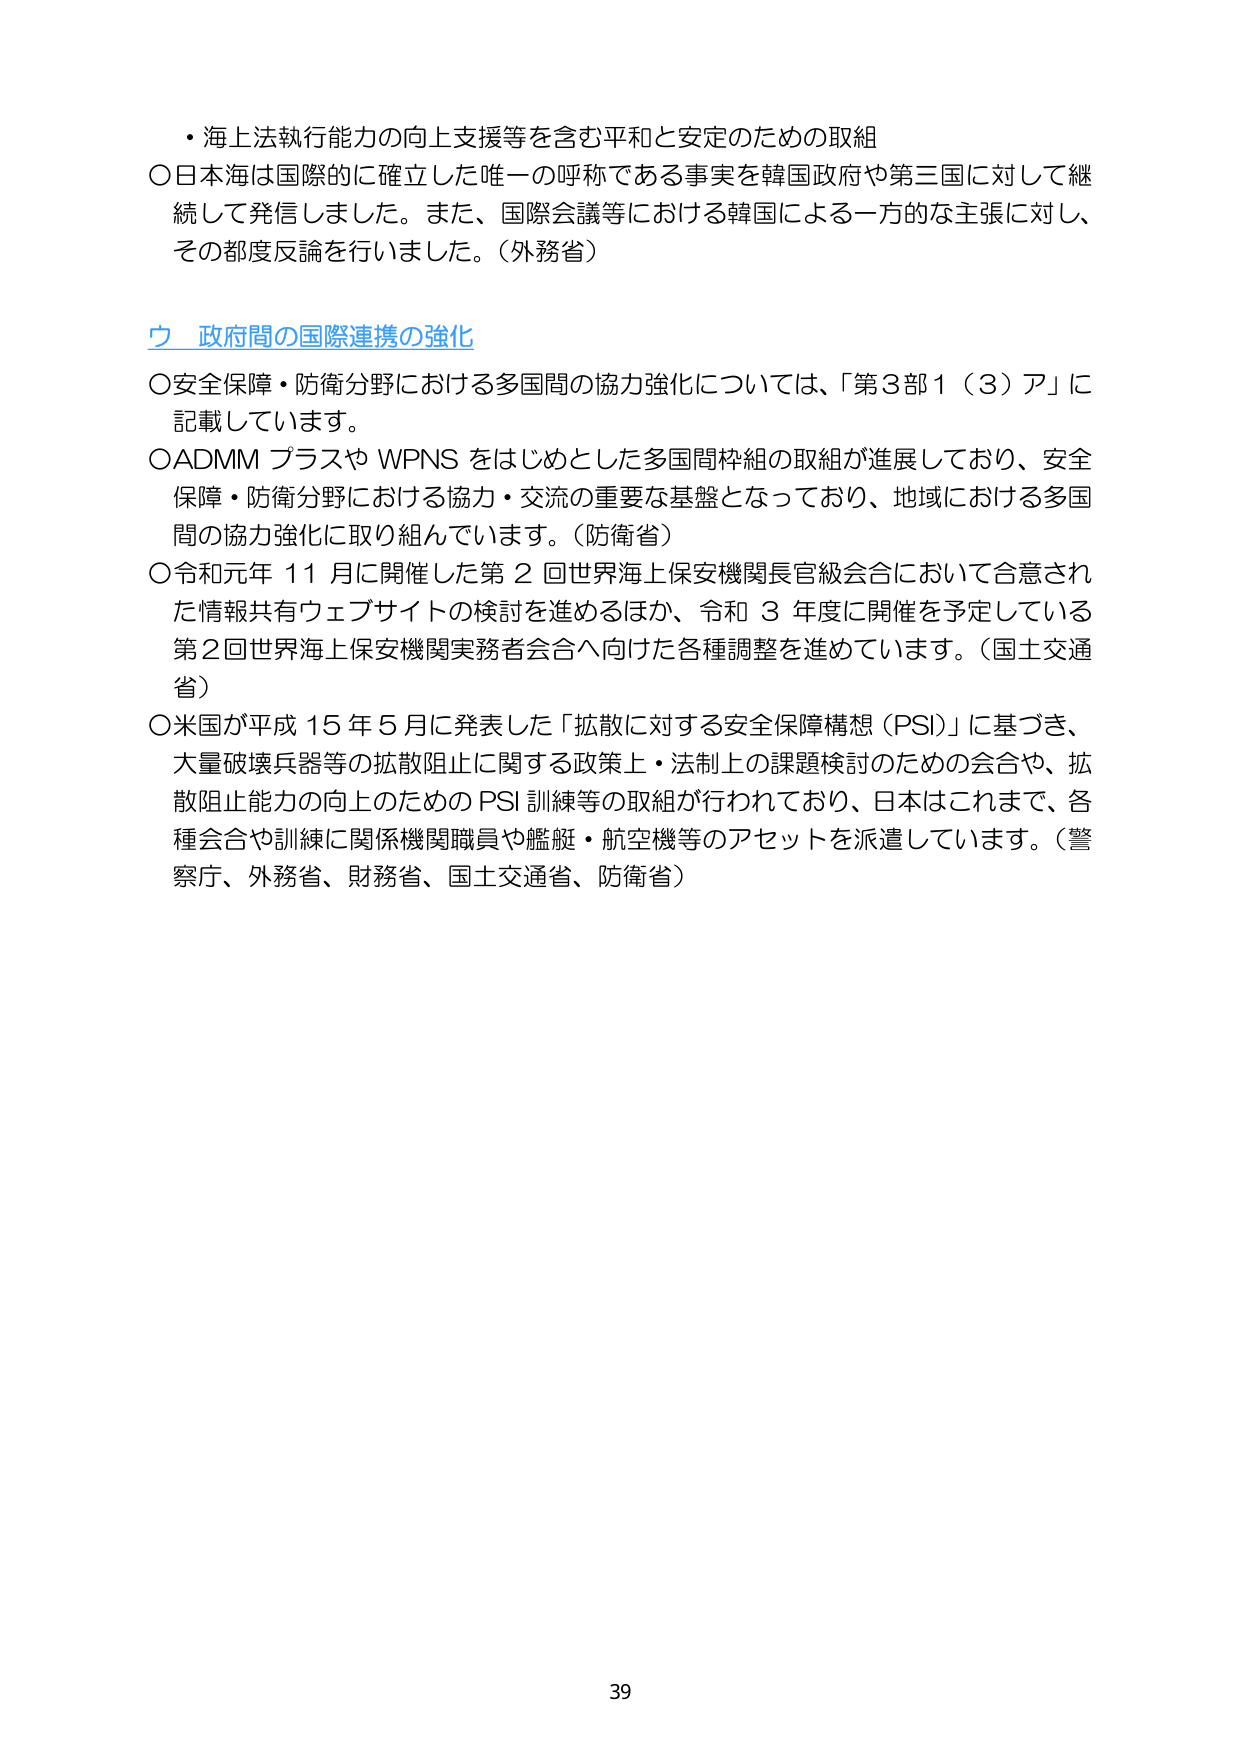
・海上法執行能力の向上支援等を含む平和と安定のための取組
〇日本海は国際的に確立した唯一の呼称である事実を韓国政府や第三国に対して継続して発信しました。また、国際会議等における韓国による一方的な主張に対し、その都度反論を行いました。（外務省）

ウ 政府間の国際連携の強化
〇安全保障・防衛分野における多国間の協力強化については、「第3部1（3）ア」に記載しています。
〇ADMMプラスやWPNSをはじめとした多国間枠組の取組が進展しており、安全保障・防衛分野における協力・交流の重要な基盤となっており、地域における多国間の協力強化に取り組んでいます。（防衛省）
〇令和元年11月に開催した第2回世界海上保安機関長官級会合において合意された情報共有ウェブサイトの検討を進めるほか、令和3年度に開催を予定している第2回世界海上保安機関実務者会合へ向けた各種調整を進めています。（国土交通省）
〇米国が平成15年5月に発表した「拡散に対する安全保障構想（PSI）」に基づき、大量破壊兵器等の拡散阻止に関する政策上・法制上の課題検討のための会合や、拡散阻止能力の向上のためのPSI訓練等の取組が行われており、日本はこれまで、各種会合や訓練に関係機関職員や艦艇・航空機等のアセットを派遣しています。（警察庁、外務省、財務省、国土交通省、防衛省）

39